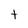
Character: t